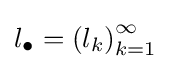
l_{\bullet }=\left(l_{k}\right)_{k=1}^{\infty }